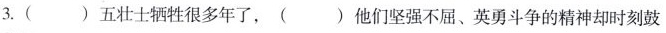
3.()五壮士牺牲很多年了，()他们坚强不屈、英勇斗争的精神却时刻鼓